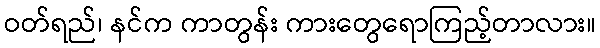
ဝတ်ရည်၊ နင်က ကာတွန်း ကားတွေရောကြည့်တာလား။